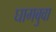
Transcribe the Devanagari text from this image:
घागबुवा